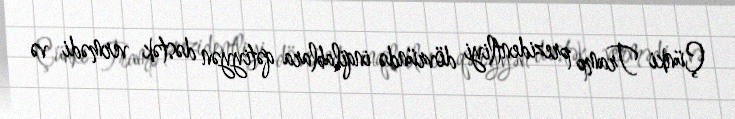
Çünki Tramp prezidentliyi dövründə inqilablara qətiyyən dəstək vermədi və